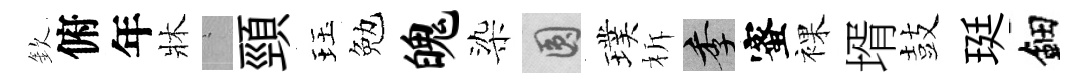
欽俯年牀搖頸珏勉魄染圓璞柝季蜜裸壻鼓珽鈿